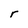
Character: r